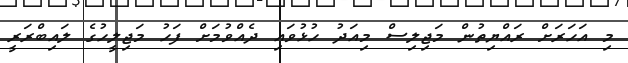
މި އަހަރަަށް ރައްޔިތުން މަޖިލިސް މިއަދު ހުޅުވައި ދެއްވުމަށް ފަހު މަޖިލީހުގެ ލައިބްރަރީ